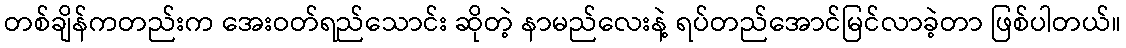
တစ်ချိန်ကတည်းက အေးဝတ်ရည်သောင်း ဆိုတဲ့ နာမည်လေးနဲ့ ရပ်တည်အောင်မြင်လာခဲ့တာ ဖြစ်ပါတယ်။